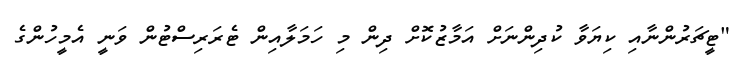
"ޓީޗަރުންނާއި ކިޔަވާ ކުދިންނަށް އަމާޒުކޮށް ދިން މި ހަމަލާއިން ޓެރަރިސްޓުން ވަނީ އެމީހުންގެ